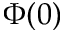
\Phi ( 0 )